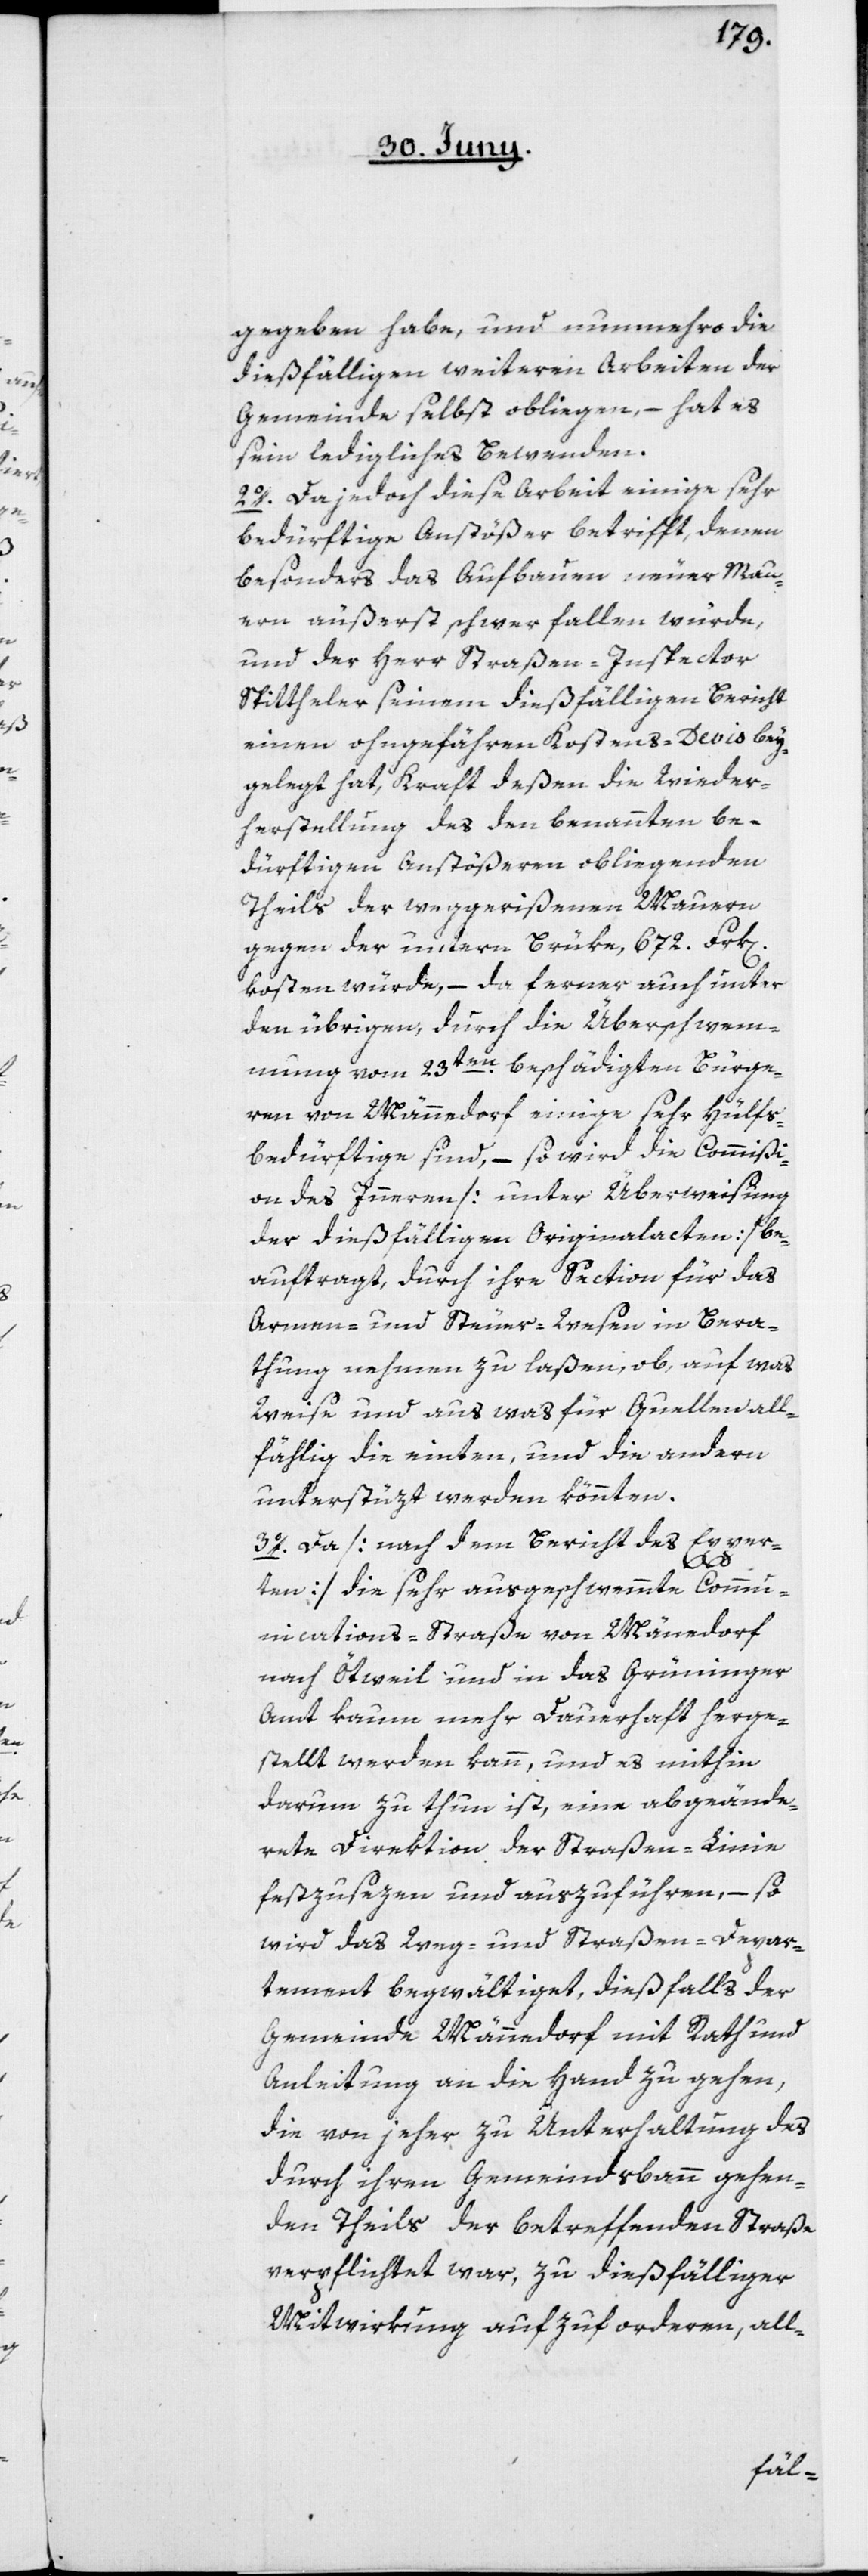
gegeben habe, und nunmehro die
dießfälligen weiteren Arbeiten der
Gemeinde selbst obliegen, – hat es
sein ledigliches Bewenden.
2o. Da jedoch diese Arbeit einige sehr
bedürftige Anstößer betrifft, denen
besonders das Aufbauen neuer Mau¬
ern äußerst schwer fallen würde,
und der Herr Straßen-Inspector
Spittheler seinem dießfälligen Bericht
einen ohngefähren Kostens-Devis bey¬
gelegt hat, Kraft deßen die Wieder¬
herstellung des den benannten be¬
dürftigen Anstößeren obliegenden
Theils der weggerißenen Mauern
gegen der untern Brüke, 672. Frk[en].
kosten würde, – da ferner auch unter
den übrigen, durch die Überschwem¬
mung vom 23ten beschädigten Bürge¬
ren von Männedorf einige sehr Hülfs¬
bedürftige sind, – so wird die Commißio¬
n des Innern [unter Überweisung
der dießfälligen Originalacten] be¬
auftragt, durch ihre Section für das
Armen- und Steuer-Wesen in Bera¬
thung nehmen zu laßen, ob, auf was
Weise und aus was für Quellen all¬
fählig die einten, und die andern
unterstüzt werden könnten.
3o. Da [nach dem Bericht des Exper¬
ten] die sehr ausgeschwemmte Commu¬
nications-Straße von Männedorf
nach Ötweil und in das Grüninger
Amt kaum mehr dauerhaft herge¬
stellt werden kann, und es mithin
darum zu thun ist, eine abgeände¬
rte Direktion der Straßen-Linie
festzusezen und auszuführen, – so
wird das Weg- und Straßen-Depar¬
tement begwältiget, dießfalls der
Gemeinde Männedorf mit Rath und
Anleitung an die Hand zu gehen,
die von jeher zu Unterhaltung des
durch ihren Gemeindsbann gehen¬
den Theils der betreffenden Straße
verpflichtet war, zu dießfälliger
Mitwirkung aufzuforderen, all-